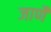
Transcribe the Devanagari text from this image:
जाणै